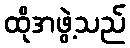
ထိုအဖွဲ့သည်